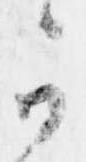
可